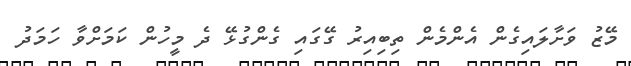
މޭޒު ވަށާލައިގެން އެންމެން ތިބިއިރު ގޭގައި ގެންގުޅޭ ދެ މީހުން ކަމަށްވާ ހަމަދު